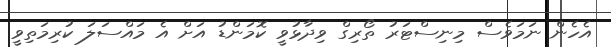
އެހެން ނަމަވެސް މިނިސްޓަރު ތޯރިގް ވިދާޅުވީ ކޮމަންޑު އަށް އެ މައްސަލަ ކުރިމަތިވީ